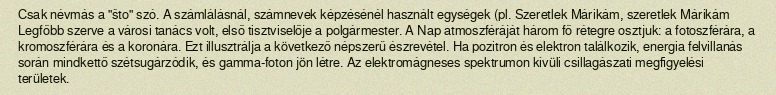
Csak névmás a "što" szó. A számlálásnál, számnevek képzésénél használt egységek (pl. Szeretlek Márikám, szeretlek Márikám Legfőbb szerve a városi tanács volt, első tisztviselője a polgármester. A Nap atmoszféráját három fő rétegre osztjuk: a fotoszférára, a kromoszférára és a koronára. Ezt illusztrálja a következő népszerű észrevétel. Ha pozitron és elektron találkozik, energia felvillanás során mindkettő szétsugárzódik, és gamma-foton jön létre. Az elektromágneses spektrumon kívüli csillagászati megfigyelési területek.